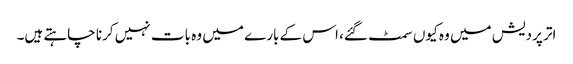
اتر پردیش میں وہ کیوں سمٹ گئے، اس کے بارے میں وہ بات نہیں کرنا چاہتے ہیں۔